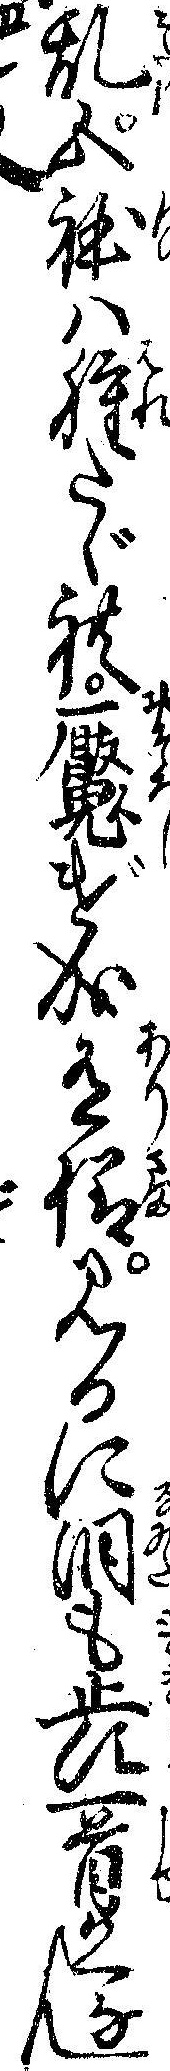
乱五体は腫たゞれ魘げ成有様見るに涙も止す一首かくなん